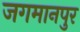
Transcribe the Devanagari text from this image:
जगमानपुर